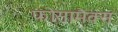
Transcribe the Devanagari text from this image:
फोसामैक्स